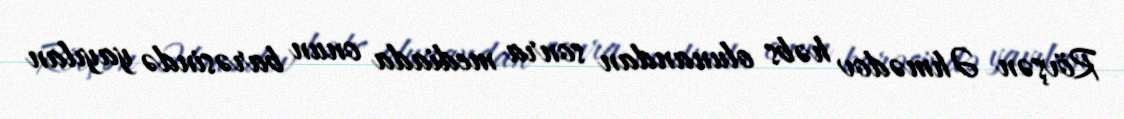
Rövşən Əhmədov həbs olunandan sonra mediada onun barəsində yayılan